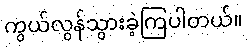
ကွယ်လွန်သွားခဲ့ကြပါတယ်။